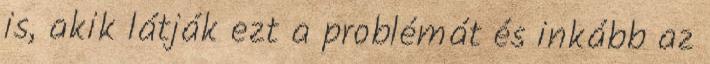
is, akik látják ezt a problémát és inkább az